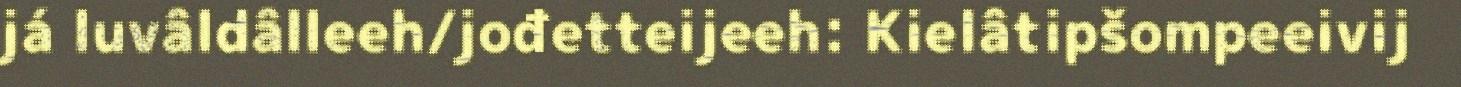
já luvâldâlleeh/jođetteijeeh: Kielâtipšompeeivij